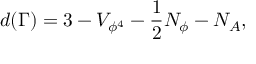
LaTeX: d ( \Gamma ) = 3 - V _ { \phi ^ { 4 } } - \frac { 1 } { 2 } N _ { \phi } - N _ { A } ,